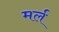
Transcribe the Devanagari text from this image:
मर्ल